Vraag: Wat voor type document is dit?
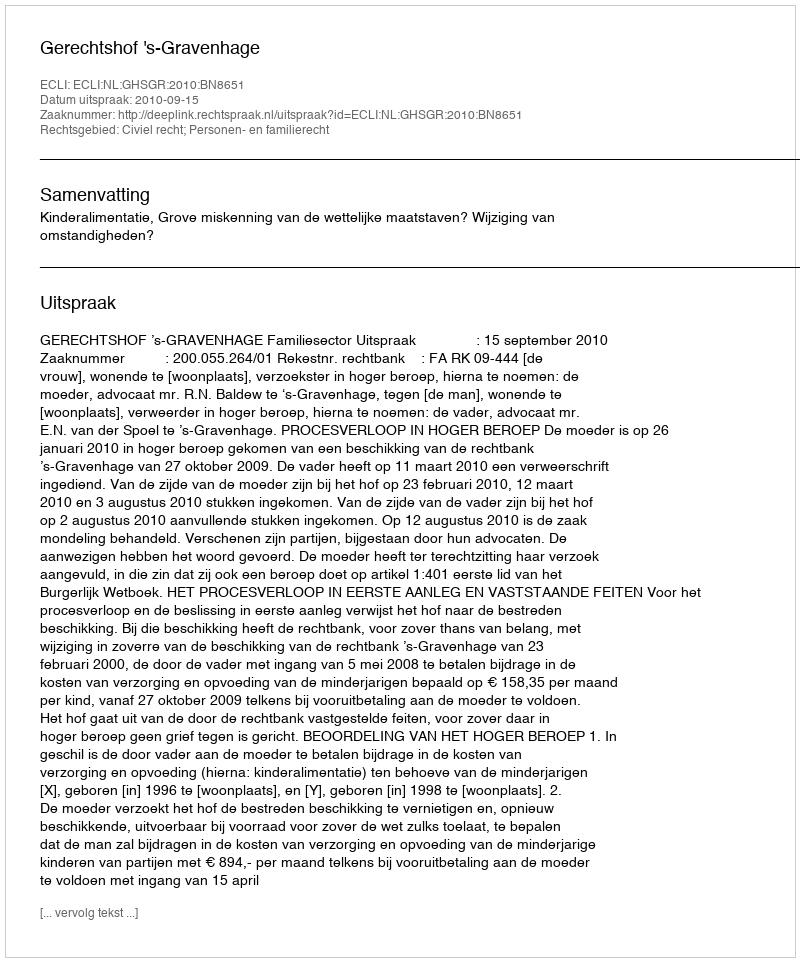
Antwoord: Uitspraak